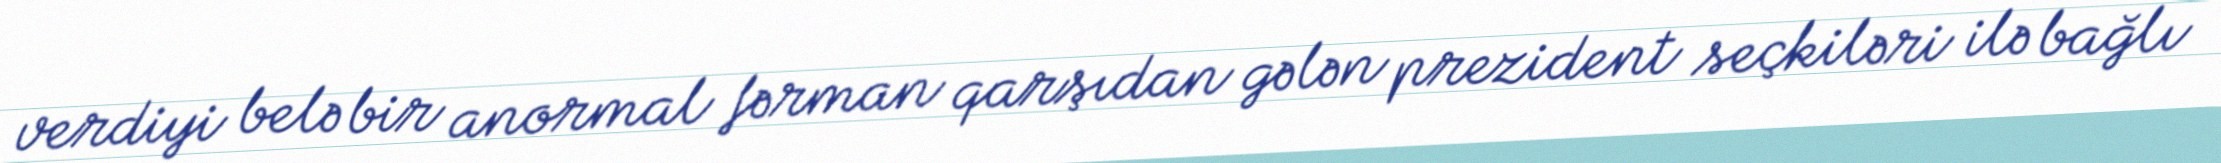
verdiyi belə bir anormal fərman qarşıdan gələn prezident seçkiləri ilə bağlı